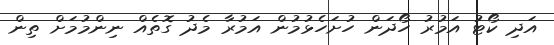
އަދި ކޯޓު އަމުރު ހޯދަން ހުށަހެޅުމުން އަމުރާ މެދު ގޮތެއް ނިންމުމަށް ތިން